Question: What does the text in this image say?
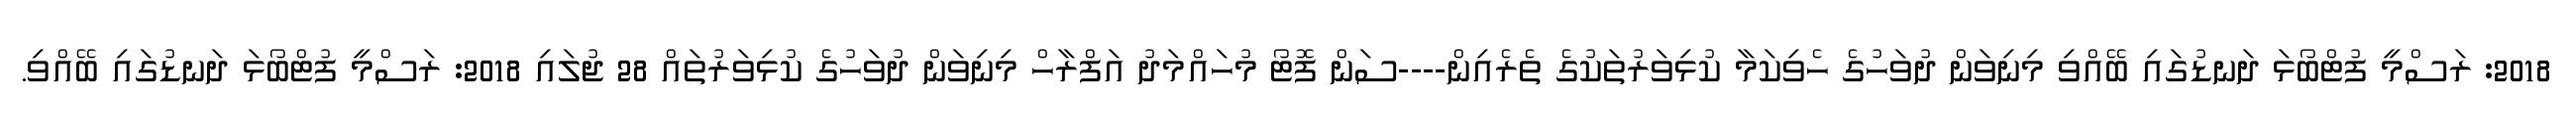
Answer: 2018: ރަސްމީ ފުޓްބޯޅަ ދަނޑުގައި ބޭއްވި މިނިވަން ދުވަހުގެ ހެވިކަމާ ކުޅިވަރުތަކުގެ ތެރެއިން----ސަން ފޮޓޯ މުހައްމަދު އަފްރާހް މިނިވަން ދުވަހުގެ ކުޅިވަރުތައް 28 ޖުލައި 2018: ރަސްމީ ފުޓްބޯޅަ ދަނޑުގައި ބޭއްވި.